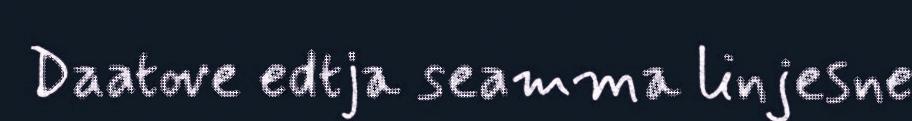
Daatove edtja seamma linjesne